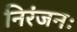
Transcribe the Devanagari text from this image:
निरंजनः